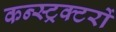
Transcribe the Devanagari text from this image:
कन्स्ट्रक्टरों